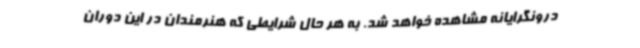
درونگرایانه مشاهده خواهد شد. به هر حال شرایطی که هنرمندان در این دوران